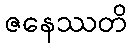
ဇနေဿတိ